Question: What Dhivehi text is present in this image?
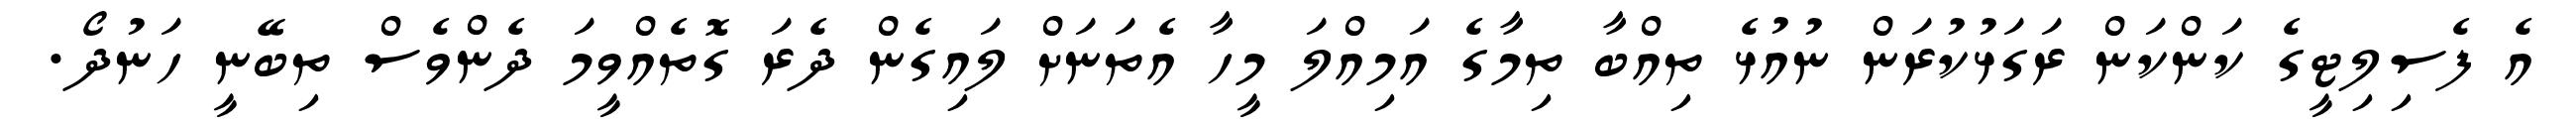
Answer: އެ ފެސިލިޓީގެ ކަންކަން ރަގަޅުކުރަން ނުއުޅެ ތިއްބާ ތިމާގެ އަމިއްލަ މީހާ އެތަނަށް ލައިގެން ދެރަ ގޮތެއްވީމަ ދެންވެސް ތިބޭނީ ހަނުދޯ.